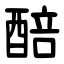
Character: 醅